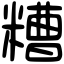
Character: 糟